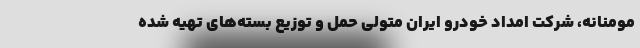
مومنانه، شرکت امداد خودرو ایران متولی حمل و توزیع بسته‌های تهیه شده